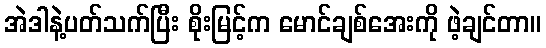
အဲဒါနဲ့ပတ်သက်ပြီး စိုးမြင့်က မောင်ချစ်အေးကို ဖဲ့ချင်တာ။